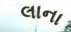
લાના